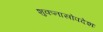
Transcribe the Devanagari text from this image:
शुकनासोपदेशः